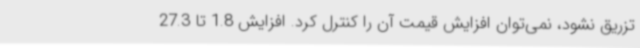
تزریق نشود، نمی‌توان افزایش قیمت آن را کنترل کرد. افزایش 1.8 تا 27.3